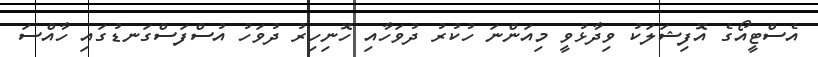
އެސްޓީއޯގެ އޮފިޝަލަކު ވިދާޅުވީ މިއަންނަ ހުކުރު ދުވަހާއި ހޮނިހިރު ދުވަހު އުސްފަސްގަނޑުގައި ހާއްސަ